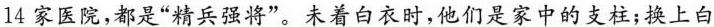
14家医院，都是”精兵强将”。未着白衣时，他们是家中的支柱；换上白